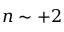
n \sim + 2